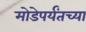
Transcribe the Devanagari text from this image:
मोडेपर्यंतच्या